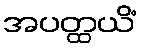
အပတ္ထယိံ